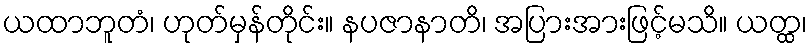
ယထာဘူတံ၊ ဟုတ်မှန်တိုင်း။ နပဇာနာတိ၊ အပြားအားဖြင့်မသိ။ ယတ္ထ၊